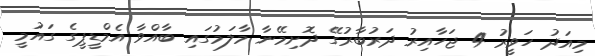
މިއަދު ހަވީރު 4 ޖަހާއިރު ދަރުބާރުގޭ ދޮށިމޭނާ މާލަމުގައި ބާއްވާ އެމްޑީޕީގެ ގައުމީ